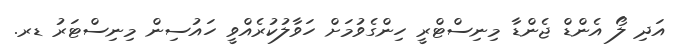
އަދި ލޯ އެންޑް ޖެންޑާ މިނިސްޓްރީ ހިންގެވުމަށް ހަވާލުކުރެއްވީ ހައުސިން މިނިސްޓަރު ޑރ.